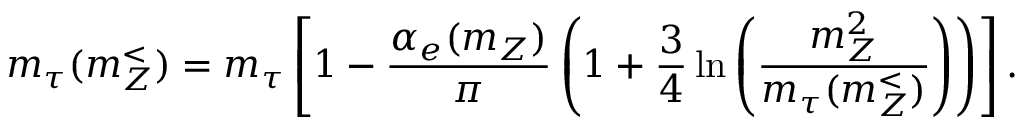
m _ { \tau } ( m _ { Z } ^ { < } ) = m _ { \tau } \left[ 1 - \frac { \alpha _ { e } ( m _ { Z } ) } { \pi } \left( 1 + \frac { 3 } { 4 } \ln \left( \frac { m _ { Z } ^ { 2 } } { m _ { \tau } ( m _ { Z } ^ { < } ) } \right) \right) \right] .